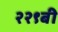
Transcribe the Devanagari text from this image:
२२९बी